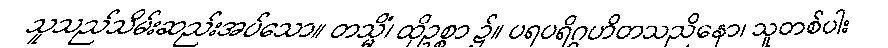
သူသည်သိမ်းဆည်းအပ်သော။ တသ္မိံ၊ ထိုဥစ္စာ ၌။ ပရပရိဂ္ဂဟိတသညိနော၊ သူတစ်ပါး